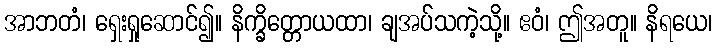
အာဘတံ၊ ရှေးရှုဆောင်၍။ နိက္ခိတ္တောယထာ၊ ချအပ်သကဲ့သို့။ ဧဝံ၊ ဤအတူ။ နိရယေ၊